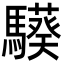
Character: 𩦟